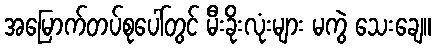
အမြောက်တပ်စုပေါ်တွင် မီးခိုးလုံးများ မကွဲ သေးချေ။